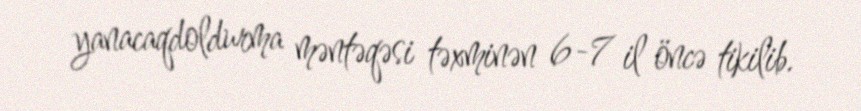
yanacaqdoldurma məntəqəsi təxminən 6-7 il öncə tikilib.